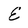
Character: E